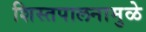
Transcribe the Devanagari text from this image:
शिस्तपालनामुळे